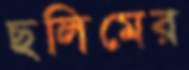
ছলিমের